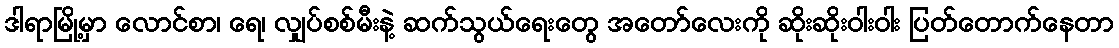
ဒါရာမြို့မှာ လောင်စာ၊ ရေ၊ လျှပ်စစ်မီးနဲ့ ဆက်သွယ်ရေးတွေ အတော်လေးကို ဆိုးဆိုးဝါးဝါး ပြတ်တောက်နေတာ